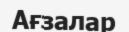
Ағзалар